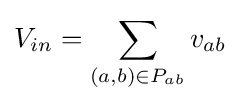
V_{in}=\sum _{(a,b)\in P_{ab}}v_{ab}